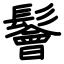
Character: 鬠